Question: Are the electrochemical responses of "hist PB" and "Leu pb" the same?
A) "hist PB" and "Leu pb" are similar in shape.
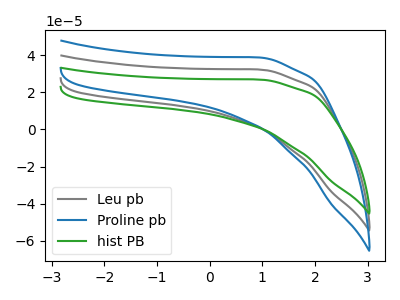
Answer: <think>The gray curve "Leu pb" has no peaks. The blue curve "Proline pb" has no peaks. The green curve "hist PB" has no peaks.
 Neither "hist PB" or "Leu pb" have any peaks.</think>
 <answer>A) "hist PB" and "Leu pb" are similar in shape.</answer>
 <eval>A</eval>